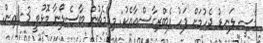
މެސީ ލަނޑު ޖެހުމަށް ފަހު ފެބްރިގާސްއާއެކު: މި މެޗުން ބާސެލޯނާ މޮޅުވީ 3-1އިން.